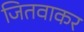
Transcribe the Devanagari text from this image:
जितवाकर